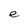
Character: e